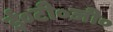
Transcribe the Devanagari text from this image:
ई०टी०जी०